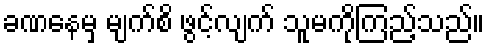
ခဏနေမှ မျက်စိ ဖွင့်လျက် သူမကိုကြည့်သည်။